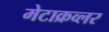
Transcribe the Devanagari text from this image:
मेटाक्रव्लर